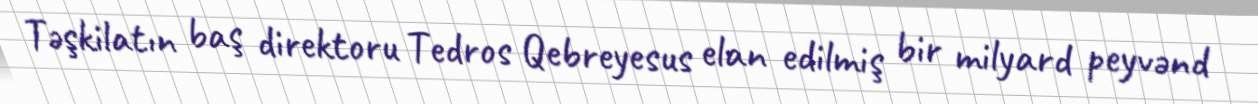
Təşkilatın baş direktoru Tedros Qebreyesus elan edilmiş bir milyard peyvənd